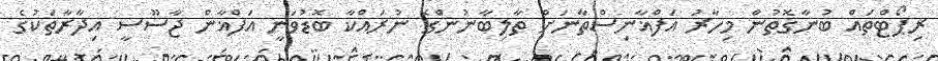
ރިޕޯޓްތައް ބުނާގޮތުން މިހާރު އަފްޣާނިސްތާނަށް ތާލިބާނުންގެ ނުރައްކާ ބޮޑުވަނީ އަފްޣާން ޖާސޫސީ އިދާރާތަކުގެ